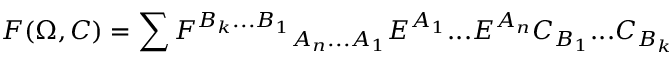
F ( \Omega , C ) = \sum { F ^ { B _ { k } . . . B _ { 1 } } } _ { A _ { n } . . . A _ { 1 } } E ^ { A _ { 1 } } . . . E ^ { A _ { n } } C _ { B _ { 1 } } . . . C _ { B _ { k } }